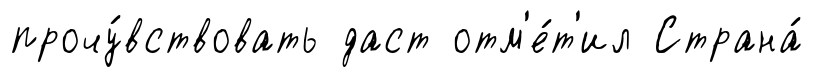
прочу́вствовать даст отм'е́т'ил Страна́